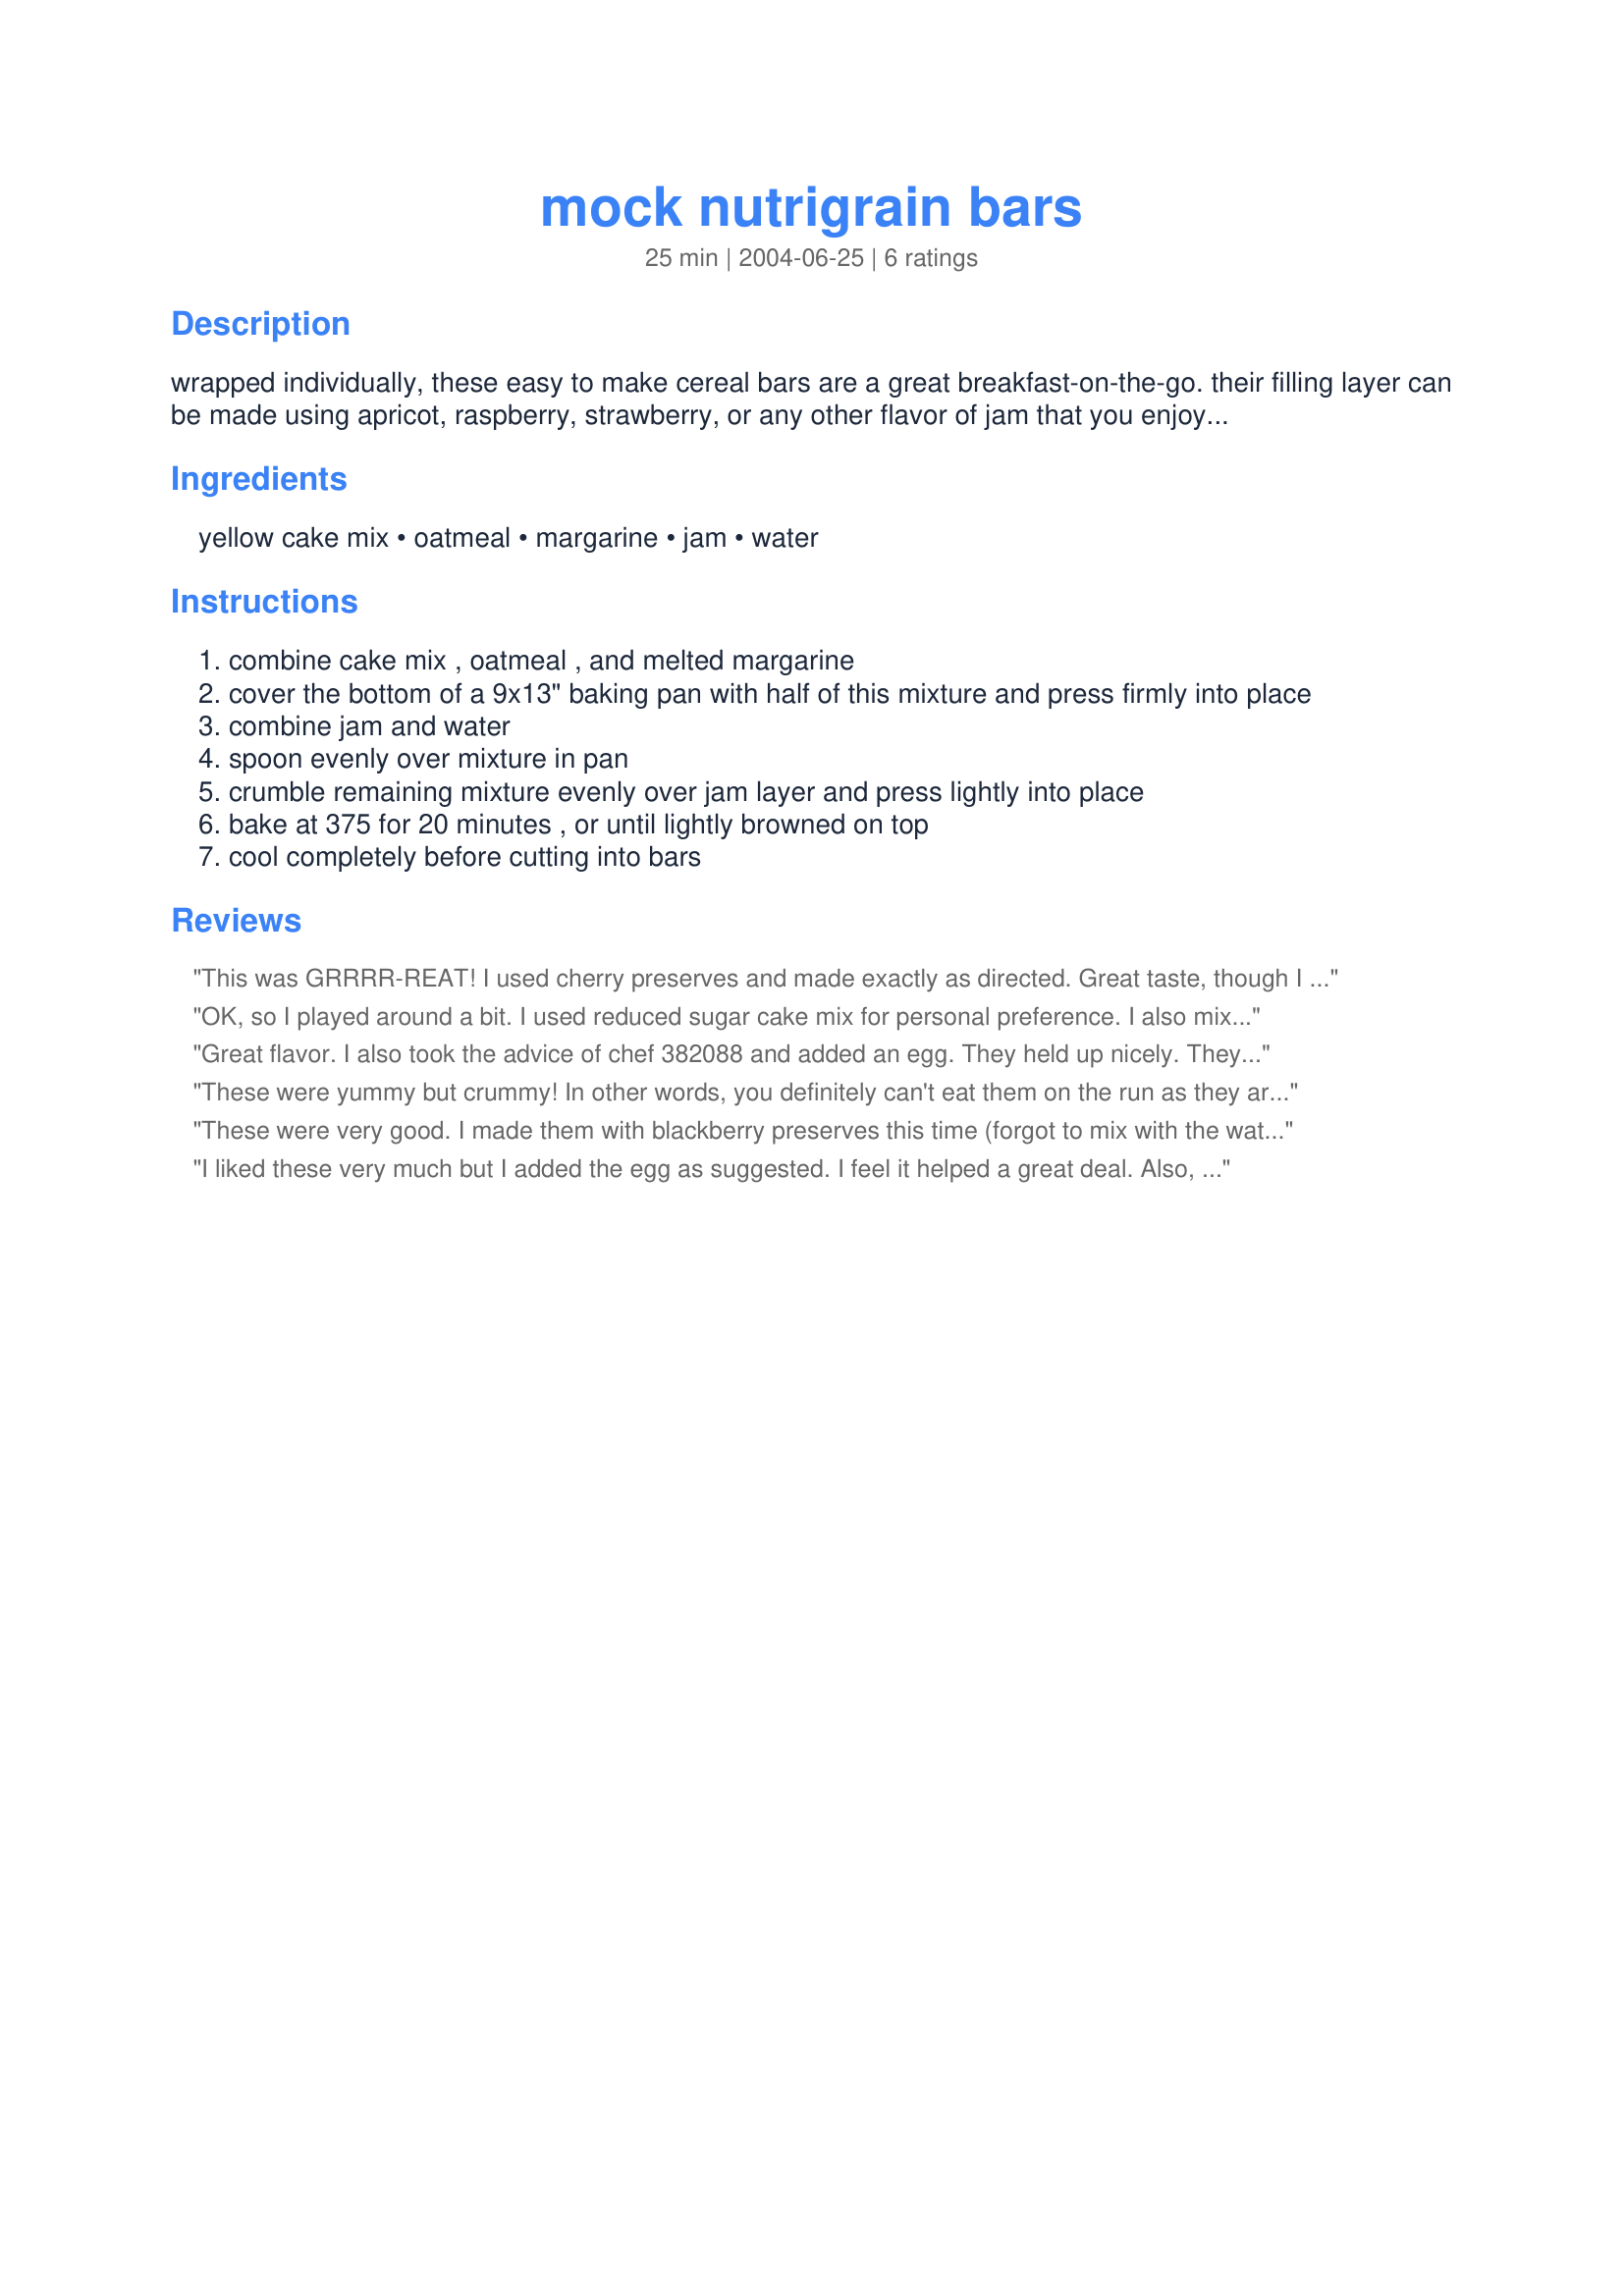
mock nutrigrain bars
Preparation time: 25 minutes

wrapped individually, these easy to make cereal bars are a great breakfast-on-the-go. their filling layer can be made using apricot, raspberry, strawberry, or any other flavor of jam that you enjoy. a recipe found on the internet.

Ingredients:
yellow cake mix, oatmeal, margarine, jam, water

Steps:
combine cake mix , oatmeal , and melted margarine
cover the bottom of a 9x13" baking pan with half of this mixture and press firmly into place
combine jam and water
spoon evenly over mixture in pan
crumble remaining mixture evenly over jam layer and press lightly into place
bake at 375 for 20 minutes , or until lightly browned on top
cool completely before cutting into bars

Reviews:
This was GRRRR-REAT! I used cherry preserves and made exactly as directed. Great taste, though I do wish it weren't so crumbly...only because my 18-month-old can manage to make a mess with cheerios. :-) Wonderful streusel-like bar! Next, I plan on trying this with peach preserves and maybe figure out a way to get it to stay together better so I can give it to the mess on two legs without going behind him with a dust-buster. :-)
OK, so I played around a bit. I used reduced sugar cake mix for personal preference. I also mixed up the butter/mix/oatmeal and separated about 2/3 and 1/3 I put aside. The 2/3 I added one egg and pressed into a 9x9" pan. Then I made the jam mix and heated it about 30 seconds to better mix and spread. Then I put the 1/3 oatmeal mix on top. This eliminated the crumbly issue my fellow bakers had. Might help you in the future.... :)
Great flavor. I also took the advice of chef 382088 and added an egg. They held up nicely. They will go great in school lunches. Thanks for sharing!
These were yummy but crummy! In other words, you definitely can't eat them on the run as they are very crumbly. Still worth making though. Thanks Deb.
These were very good. I made them with blackberry preserves this time (forgot to mix with the water, though) and it turned out well. I'll try with apricot or strawberry filling next time. I cut, wrapped and froze mine for an easy breakfast on my way out the door to work. They are a little bit crumbly to eat, but they're worth the mess!
I liked these very much but I added the egg as suggested. I feel it helped a great deal. Also, because we are tring to eliminate corn syrpe from our diets-I think I'm going to use a homemade preserves next time I make these. I'm sure a homemade pie filling would be lovely in these too but I didn't have any fresh fruit at the time to try that. My next plan of attack is to make my own "yellow cake mix" to have on standby for when I need it in a pinch like this. You would be surpised the unknown crap that is in our ready made convience foods. I have my own version of bisquick already! All in all, this is a great allternative to boxed cereal bars!
